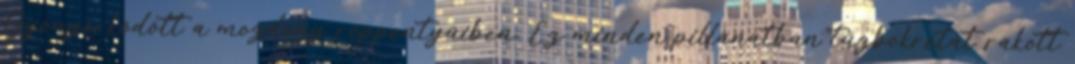
Gyönyörködött a mozdony röppentyűiben. Ez minden pillanatban tűzbokrétát rakott